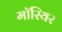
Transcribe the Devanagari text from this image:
मॉरियर